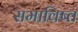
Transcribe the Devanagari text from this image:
समाविष्त